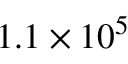
1 . 1 \times 1 0 ^ { 5 }